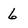
Character: 6